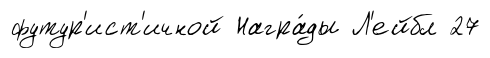
футур'ист'ичной Награ́ды Л'ейбл 27